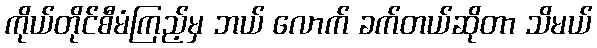
ကိုယ်တိုင်စီမံကြည့်မှ ဘယ် လောက် ခက်တယ်ဆိုတာ သိမယ်